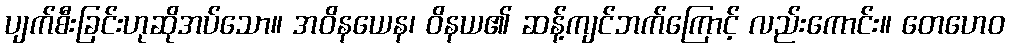
ပျက်စီးခြင်းဟုဆိုအပ်သော။ အဝိနယေန၊ ဝိနယ၏ ဆန့်ကျင်ဘက်ကြောင့် လည်းကောင်း။ တေဟေဝ